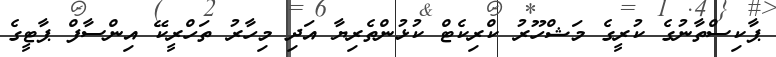
ޕާކިސްތާނުގެ ކުރީގެ މަޝްހޫރު ކްރިކެޓް ކުޅުންތެރިޔާ އަދި މިހާރު ތަހްރީކޭ އިންސާފް ޕާޓީގެ